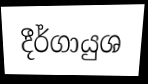
දීර්ගායුශ